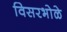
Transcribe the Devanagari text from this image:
विसरभोळे